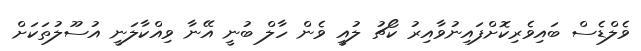
ވެލްޑެސް ބައިވެރިކޮށްފައިނުވާއިރު ކޯޗު ލުއީ ވެން ހާލް ބުނީ އޭނާ ވިއްކާލަނީ އުސޫލުތަކަށް